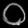
Digit: ၀